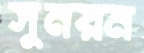
সুনয়ন